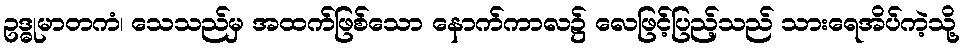
ဥဒ္ဓုမာတကံ၊ သေသည်မှ အထက်ဖြစ်သော နောက်ကာလ၌ လေဖြင့်ပြည့်သည် သားရေအိပ်ကဲ့သို့